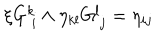
\xi G _ { \ i } ^ { k } \wedge \eta _ { k l } G _ { \ j } ^ { l } = \eta _ { i j }